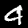
Digit: 4